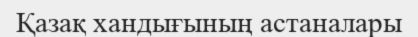
Қазақ хандығының астаналары